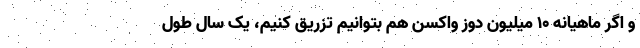
و اگر ماهیانه ۱۰ میلیون دوز واکسن هم بتوانیم تزریق کنیم، یک سال طول